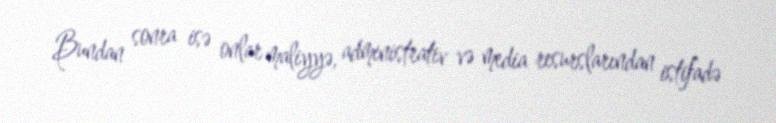
Bundan sonra isə onlar maliyyə, administrativ və media resurslarından istifadə